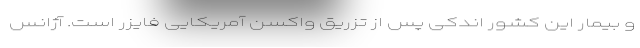
و بیمار این کشور اندکی پس از تزریق واکسن آمریکایی فایزر است. آژانس